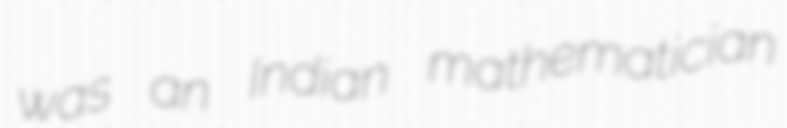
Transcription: was an Indian mathematician